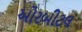
ઓરબીટલ